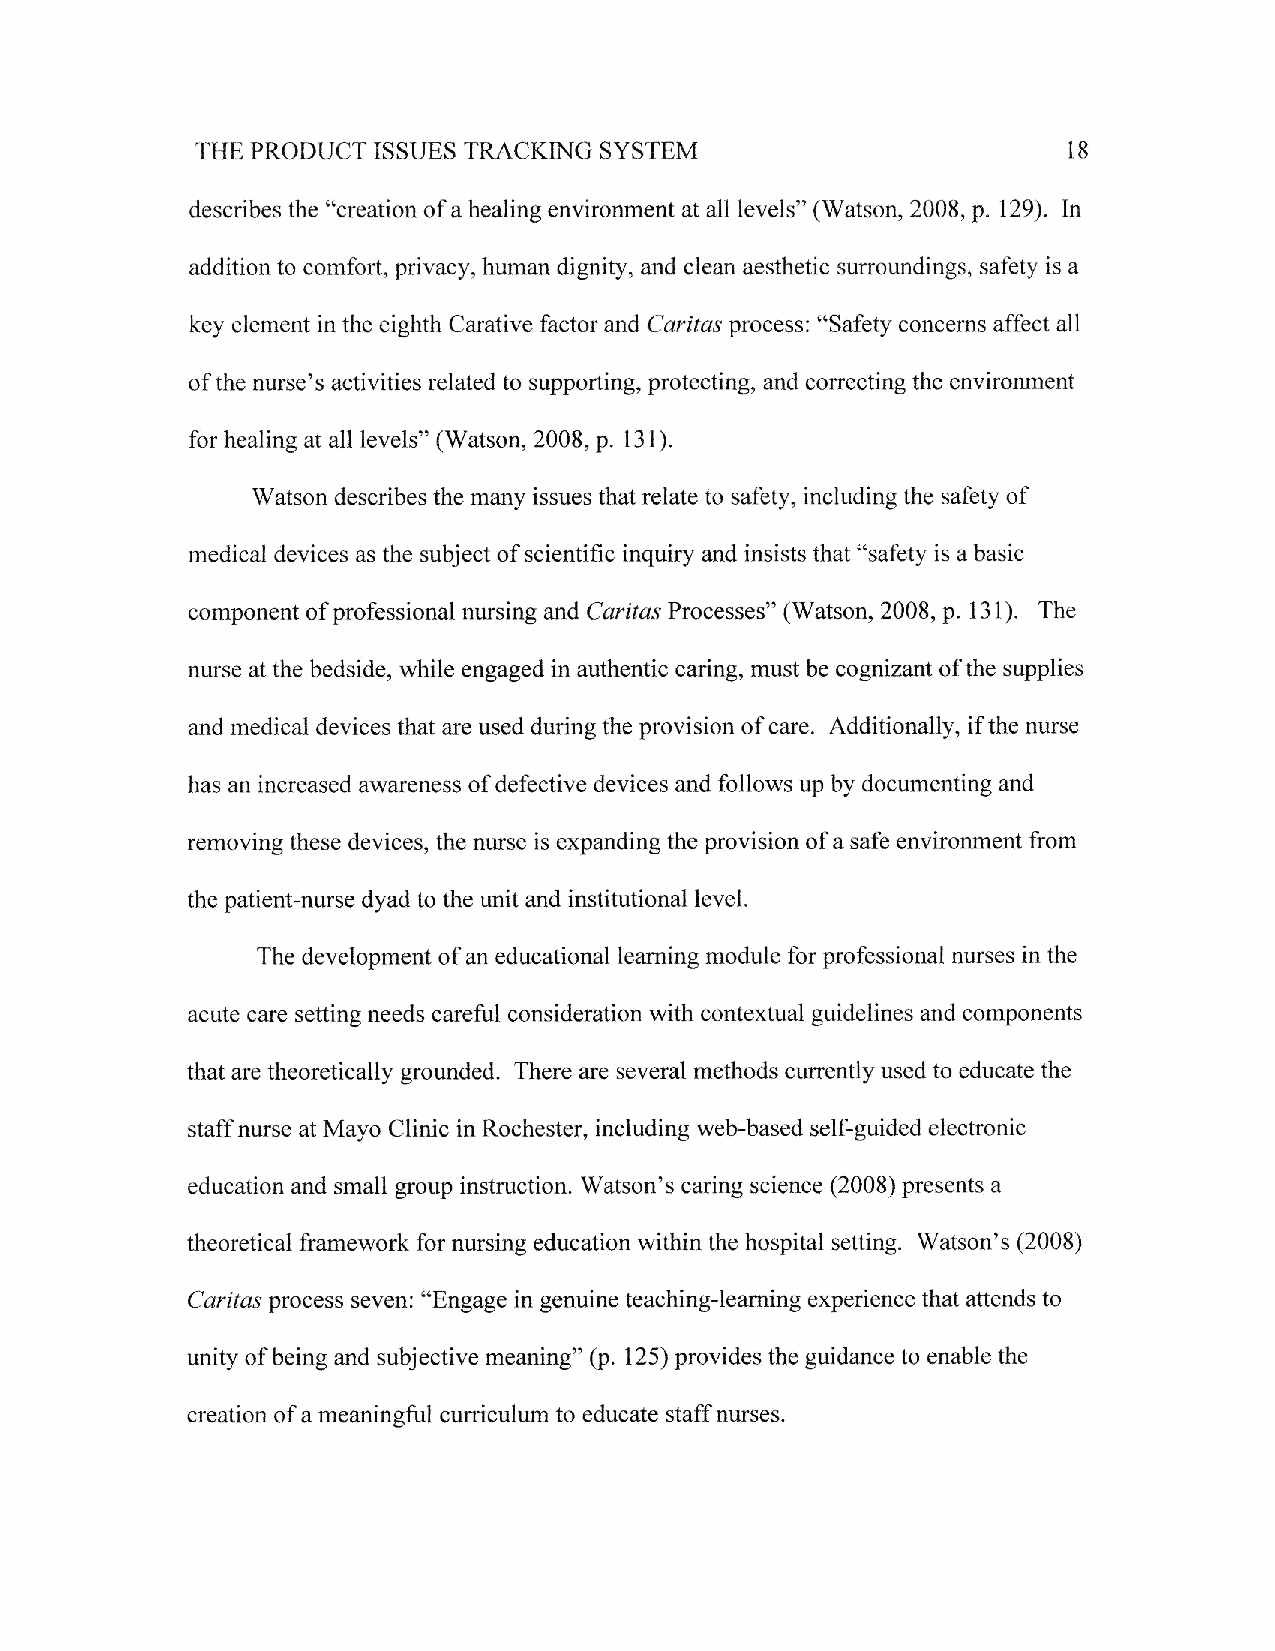
SYSTEM
 THE PRODUCT ISSUES TRACKTNG                               18
 describes the "creation of a healing environment at all levels" (Watson,2008, p. 129). In
 addition to comfort, privacy, human dignity, and clean aesthetic surroundings, safety is a
 key element in the eighth Carative factor and Caritas process: "Safety concerns affect all
 of the nurse's activities related to supporting, protecting, and correcting the environment
 for healing at all levels" (Watson,2008, p. 131).
 Watson describes the many issues that relate to safety, including the safety of
 medical devices as the subject of scientific inquiry and insists that "safety is a basic
 component of professional nursing and Caritas Processes" (Watson,2008, p. 131). The
 nurse at the bedside, while engaged in authentic caring, rnust be cognizant of the supplies
 and medical devices that are used during the provision of care. Additionally, if the nurse
 has an increased awareness of defective devices and follows up by documenting and
 removing these devices, the nwse is expanding the provision of a safe environment from
 the patient-nurse dyad to the unit and institutional level.
 The development of an educational learning rnodule for professional nurses in the
 acute care setting needs careful consideration with contextual guidelines and components
 that are theoretically grounded. There are several methods currently used to educate the
 staff nurse at Mayo Clinic in Rochester, including web-based self-guided electronic
 education and small grollp instruction. Watson's caring science (2008) presents a
 theoretical framework for nursing education within the hospital setting. Watson's (2008)
 Caritas process seven: "Engage in genuine teaching-learning experience that attends to
 unity of being and subjective meaning" (p. 125) provides the guidance to enable the
 creation of a meaningful cuniculum to educate staff nurses.